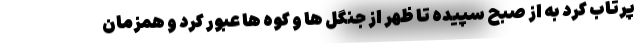
پرتاب کرد به از صبح سپیده تا ظهر از جنگل ها و کوه ها عبور کرد و همزمان